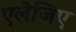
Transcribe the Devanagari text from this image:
एलेजिए